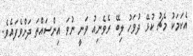
އެކަމަކު މެޗު ކުޅޭ ދުވަހު ލިބޭ ރެވެނިއު ވަނީ ނުވަ އިންސައްތަ ދަށްވެފައެވެ.